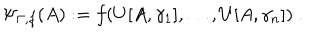
LaTeX: \Psi _ { \Gamma , f } ( A ) : = f ( U [ A , \gamma _ { 1 } ] , \ldots , U [ A , \gamma _ { n } ] ) \; .